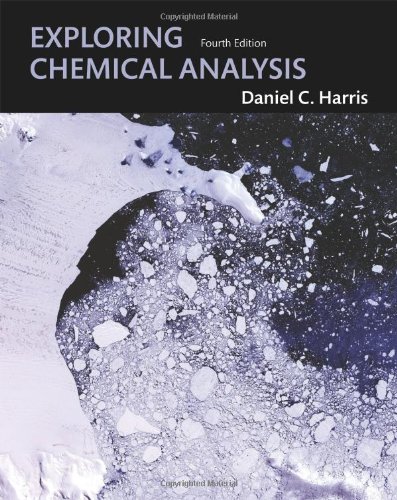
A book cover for Exploring Chemical Analysis; Daniel C. Harris; Science & Math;